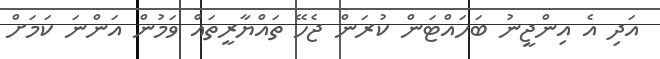
އަދި އެ އިންޖީނު ބަހައްޓަން ކުރަން ޖެހޭ ތައްޔާރީތައް ވަމުން އަންނަ ކަމަށް